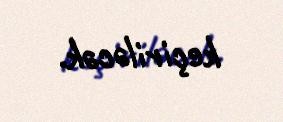
keçiriləcək.